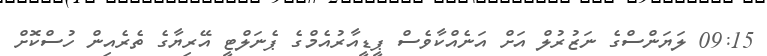
09:15 ލަޔަންސްގެ ނަޒުރުލް އަށް އަނެއްކާވެސް ޕީޑީއާރުއެމްގެ ޕެނަލްޓީ އޭރިޔާގެ ތެރެއިން ހުސްކޮށް